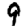
Digit: 9